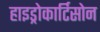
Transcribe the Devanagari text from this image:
हाइड्रोकार्टिसोन